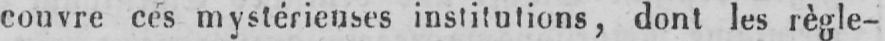
couvre ces mystérieuses institutions, dont les règle-